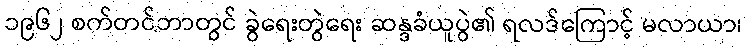
၁၉၆၂ စက်တင်ဘာတွင် ခွဲရေးတွဲရေး ဆန္ဒခံယူပွဲ၏ ရလဒ်ကြောင့် မလာယာ၊